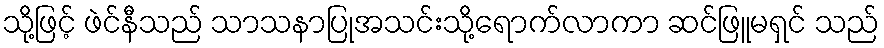
သို့ဖြင့် ဖဲင်နီသည် သာသနာပြုအသင်းသို့ရောက်လာကာ ဆင်ဖြူမရှင် သည်